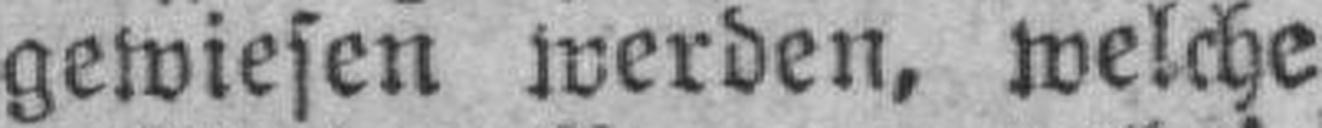
gewiesen werden, welche